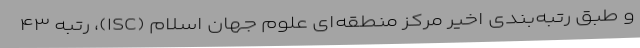
و طبق رتبه‌بندی اخیر مرکز منطقه‌ای علوم جهان اسلام (ISC)، رتبه ۴۳